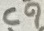
Text: C9